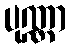
ပုဏ္ဏာ